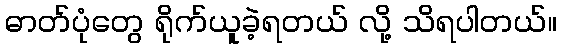
ဓာတ်ပုံတွေ ရိုက်ယူခဲ့ရတယ် လို့ သိရပါတယ်။